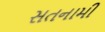
સતનામી